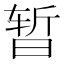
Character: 暂